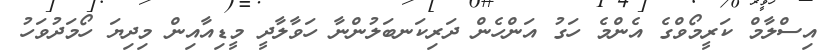
އިސްލާމް ކަރީމޯވްގެ އެންމެ ހަގު އަންހެން ދަރިކަނބަލުންނާ ހަވާލާދީ މީޑިއާއިން މިދިޔަ ހޯމަދުވަހު